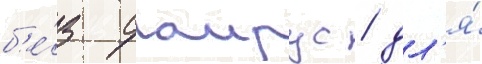
б'е́з саирус / дл'я́